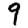
Digit: 9